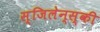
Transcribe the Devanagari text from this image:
स्जिलेन्स्की